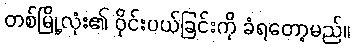
တစ်မြို့လုံး၏ ဝိုင်းပယ်ခြင်းကို ခံရတော့မည်။